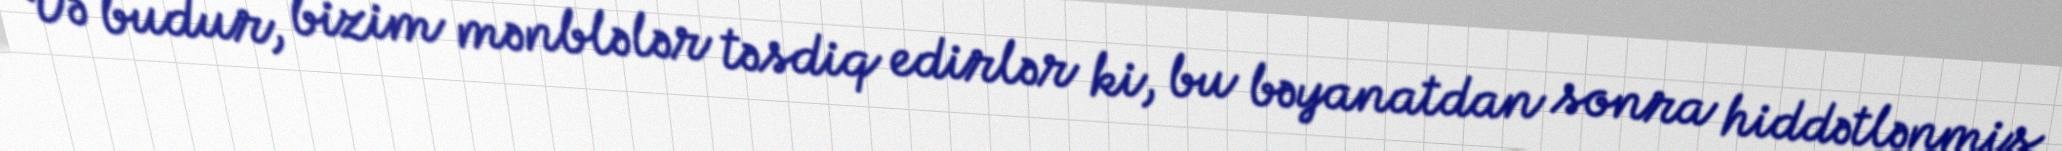
Və budur, bizim mənblələr təsdiq edirlər ki, bu bəyanatdan sonra hiddətlənmiş